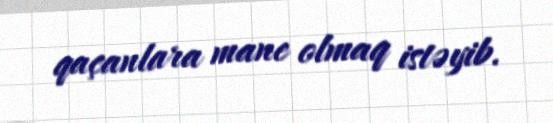
qaçanlara mane olmaq istəyib.